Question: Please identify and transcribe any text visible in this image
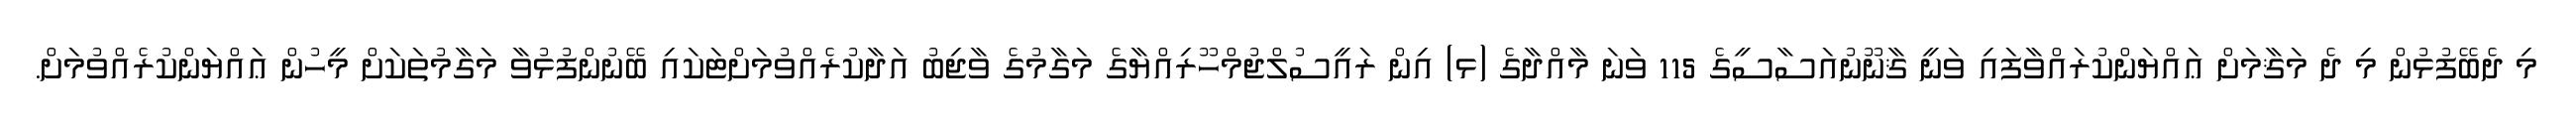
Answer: މި ދެބޭފުޅުން މި ދެ މަޤާމަށް ޢައްޔަންކުރައްވާފައި ވަނީ ޤާނޫނުއަސާސީގެ 115 ވަނަ މާއްދާގެ (ޅ) އިން ރައީސުލްޖުމްހޫރިއްޔާގެ މަގާމުގެ ވާޖިބު އަދާކުރެއްވުމަށްޓަކައި ބޭނުންފުޅުވާ މަގާމުތަކަށް މީހުން ޢައްޔަންކުރެއްވުމަށް.